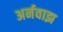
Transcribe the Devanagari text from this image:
अर्नवाझ